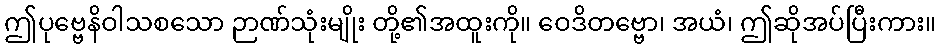
ဤပုဗ္ဗေနိဝါသစသော ဉာဏ်သုံးမျိုး တို့၏အထူးကို။ ဝေဒိတဗ္ဗော၊ အယံ၊ ဤဆိုအပ်ပြီးကား။